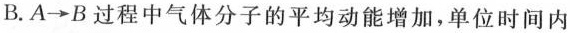
B.A\rightarrow B过程中气体分子的平均动能增加，单位时间内